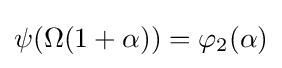
\psi (\Omega (1+\alpha ))=\varphi _{2}(\alpha )